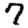
Digit: 7